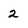
Character: 2